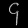
Digit: ၄